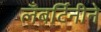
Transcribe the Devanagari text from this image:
लँबर्टिनीने